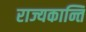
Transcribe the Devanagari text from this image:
राज्यकान्ति